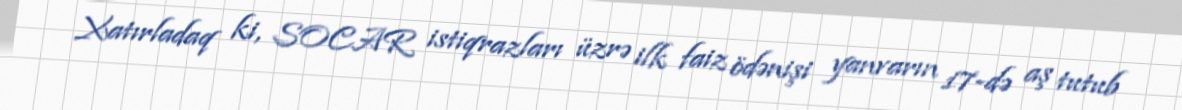
Xatırladaq ki, SOCAR istiqrazları üzrə ilk faiz ödənişi yanvarın 17-də aş tutub